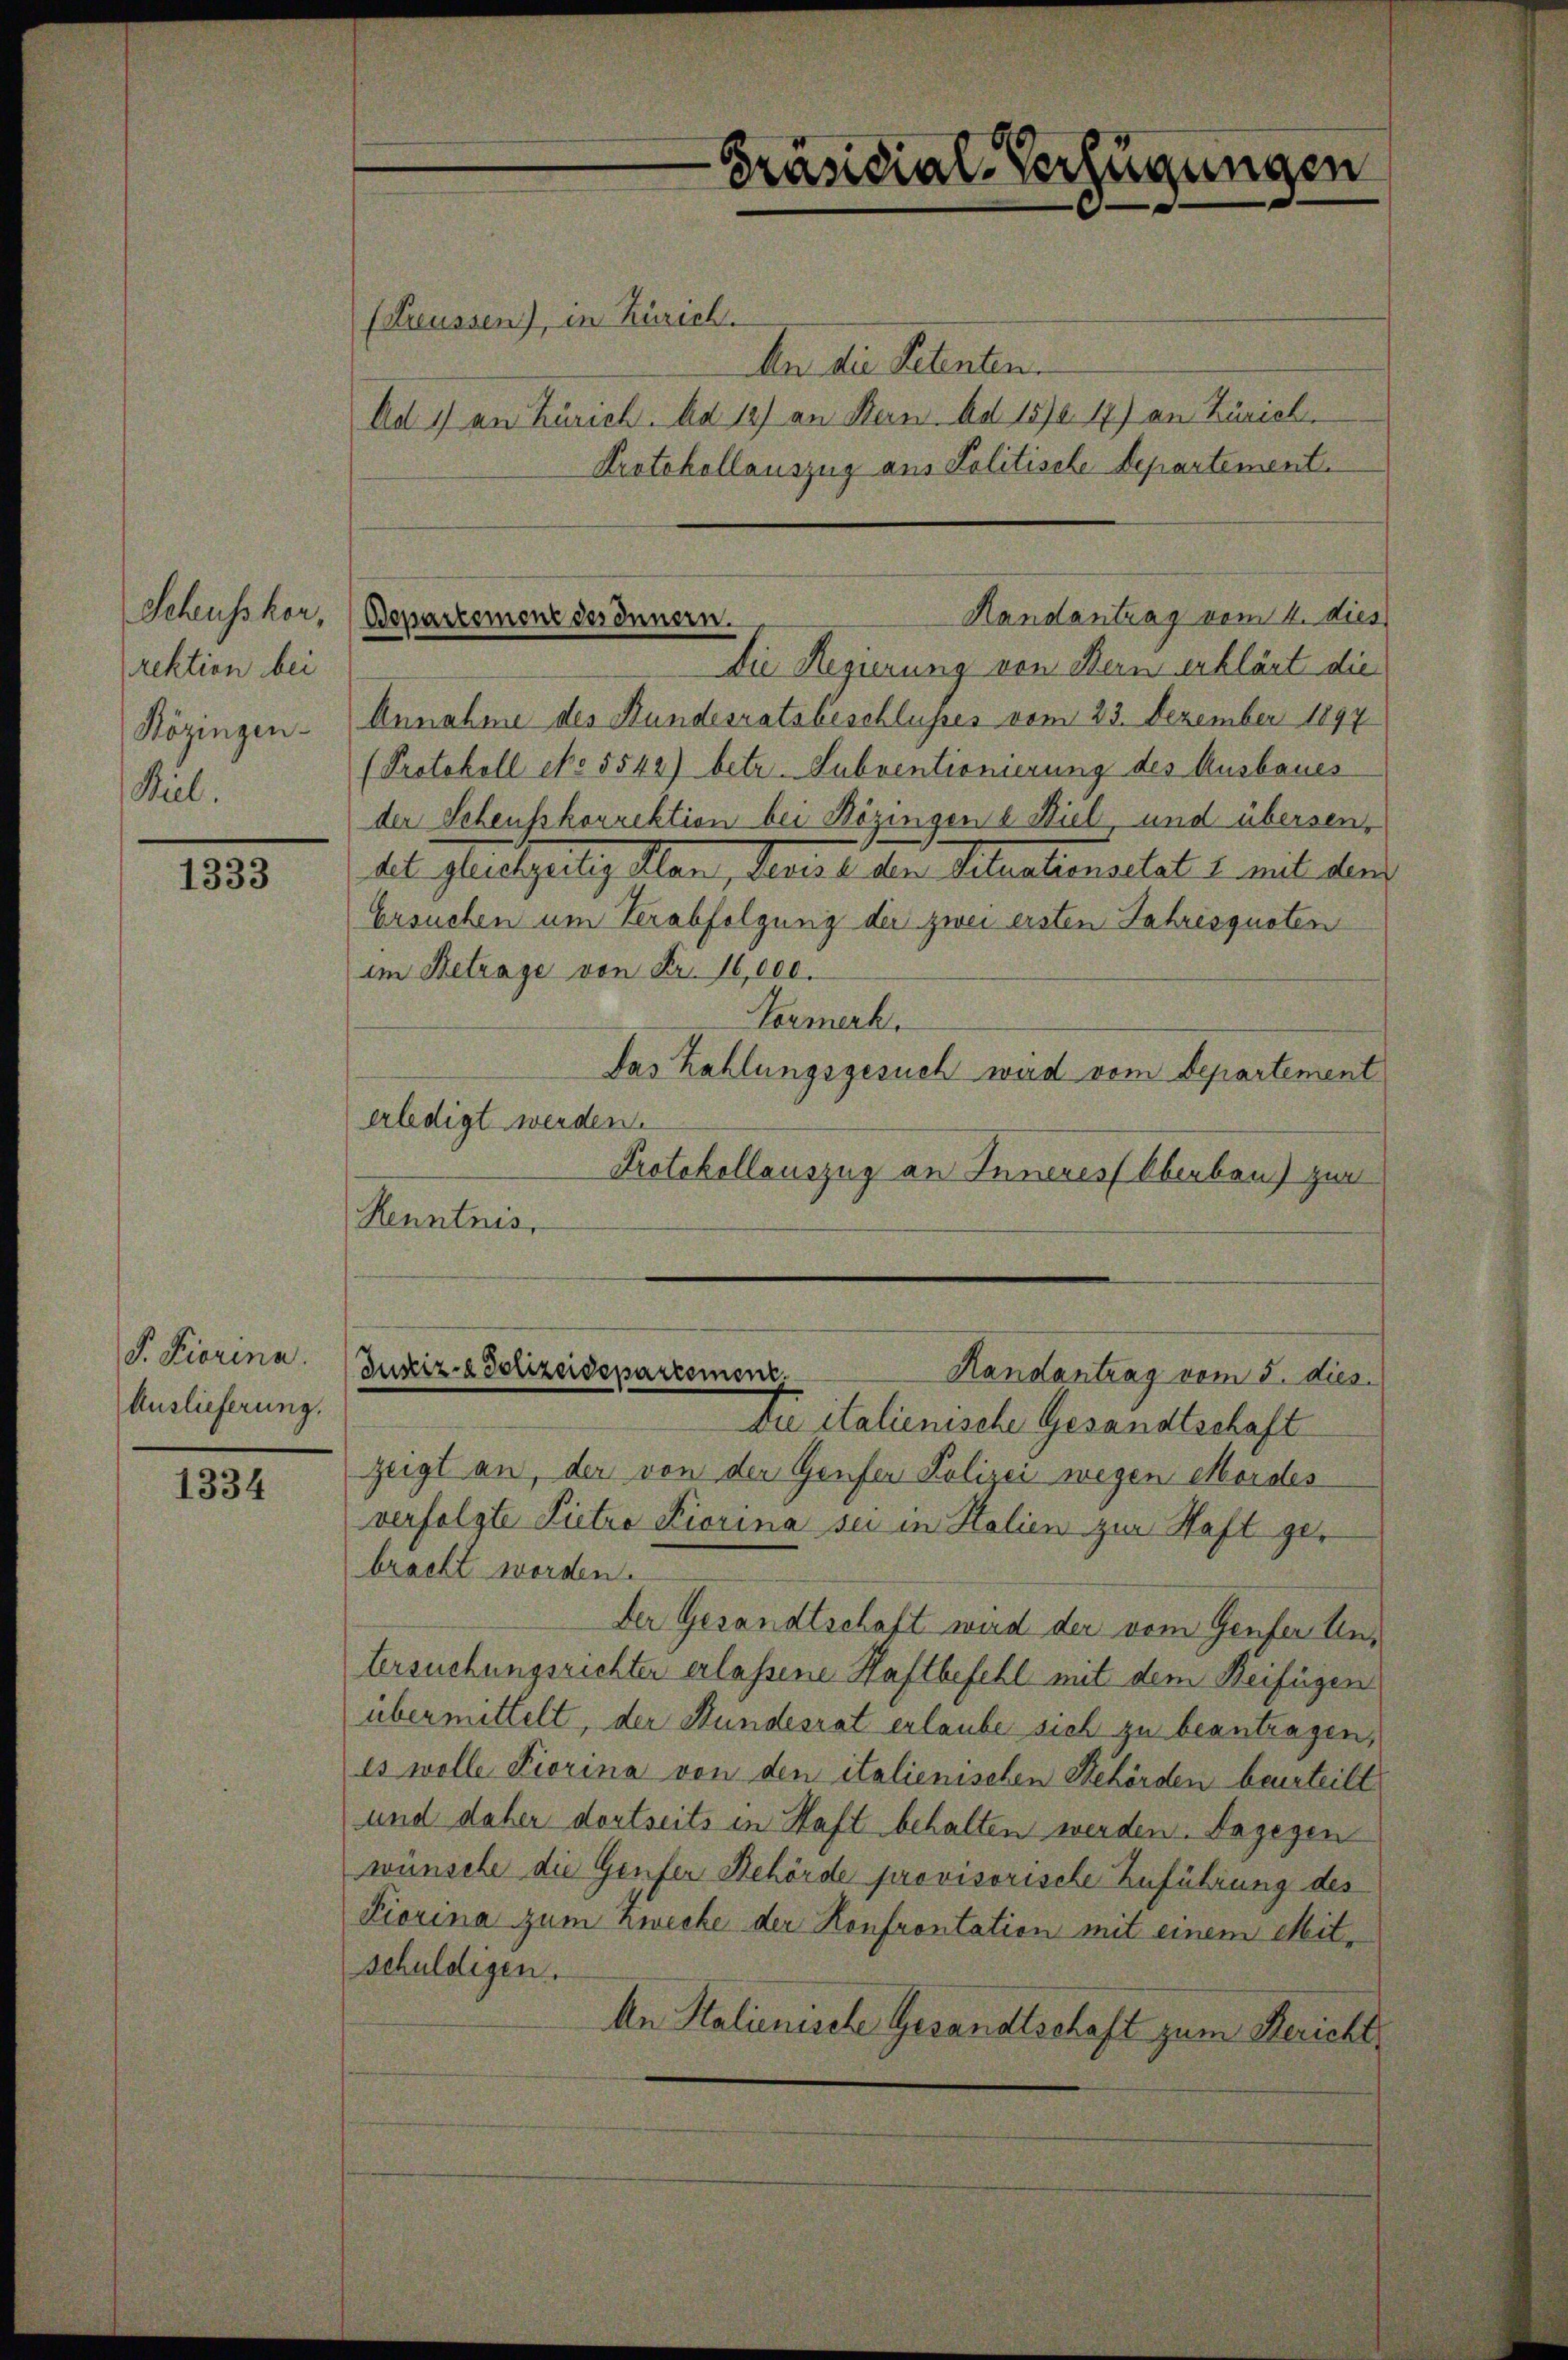
Schusskor,
rektion bei
Közingen-
Kiel.

1333

S. Fiorina.
Auslieferung.

1334

Präsidial-Verfügungen

(Kreussen), in Zürich.
An die Petenten.
Ad 1) an Zürich. Ad 1) an Bern. Ad 1576 17) an Zürich
Protokollauszug aus Politische Departement.
Die Regierung von Dein erklärt die
Annahme des Bundesratsbeschlusses vom 23. Dezember 1897
(Protokoll No 5542) betr. Subventionierung des Ausbaues
der Scheusskorrektion bei Bözingen u. Biel, und übersen,
del gleichzeitig Man, devise den Situationsultat 2 mit dem
Ersuchen um Verabfolgung der zwei ersten Jahresquoten
im Betrage von Fr. 16,000.
Normerk
das Zahlungsgesuch wird vom Departement
erledigt werden.
Protokollauszug an Inneres Oberben zur
Kenntnis.
Justiz- & Polizeidepartement.
Randantrag vom 5. dies
Di italienische Gesandtschaft
zeigt an, der von der Genfer Polizei wegen Mordes
verfolgte Lietro Fiorina sei in Italien zur Haft gebracht worden.
Der Gesandtschaft wird der vom Genfer Untersuchungsrichter erlassene Haftbefehl mit dem Beifügen
übermittelt, der Bundesrat erlaube sich zu beantragen,
es wolle Fiorina von den italienischen Behörden beurteilt
und daher dortseits in Haft behalten werden. Dagegen
wünsche die Genfer Behörde provisorische Zuführung des
Fiorina zum Zwecke der Konfrontation mit einem Mitschuldigen.
An Stalienische Gesandtschaft zum Bericht

Handantrag vom 4. dies
Bepartement des Innern.